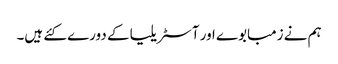
ہم نے زمبابوے اور آسٹریلیا کے دورے کئے ہیں۔